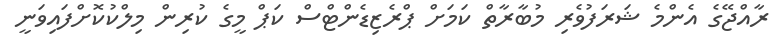
ރާއްޖޭގެ އެންމެ ޝަރަފުވެރި މުބާރާތް ކަމަށް ޕްރެޒިޑެންޓްސް ކަޕް މީގެ ކުރިން މިލްކުކޮށްފައިވަނީ